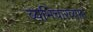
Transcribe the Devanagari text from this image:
व्यभिचारव्याप्त